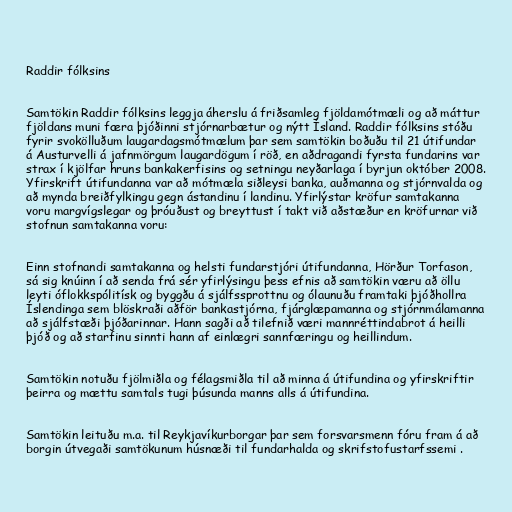
Raddir fólksins

Samtökin Raddir fólksins leggja áherslu á friðsamleg fjöldamótmæli og að máttur
fjöldans muni færa þjóðinni stjórnarbætur og nýtt Ísland. Raddir fólksins stóðu
fyrir svokölluðum laugardagsmótmælum þar sem samtökin boðuðu til 21 útifundar
á Austurvelli á jafnmörgum laugardögum í röð, en aðdragandi fyrsta fundarins var
strax í kjölfar hruns bankakerfisins og setningu neyðarlaga í byrjun október 2008.
Yfirskrift útifundanna var að mótmæla siðleysi banka, auðmanna og stjórnvalda og
að mynda breiðfylkingu gegn ástandinu í landinu. Yfirlýstar kröfur samtakanna
voru margvígslegar og þróuðust og breyttust í takt við aðstæður en kröfurnar við
stofnun samtakanna voru:

Einn stofnandi samtakanna og helsti fundarstjóri útifundanna, Hörður Torfason,
sá sig knúinn í að senda frá sér yfirlýsingu þess efnis að samtökin væru að öllu
leyti óflokkspólitísk og byggðu á sjálfssprottnu og ólaunuðu framtaki þjóðhollra
Íslendinga sem blöskraði aðför bankastjórna, fjárglæpamanna og stjórnmálamanna
að sjálfstæði þjóðarinnar. Hann sagði að tilefnið væri mannréttindabrot á heilli
þjóð og að starfinu sinnti hann af einlægri sannfæringu og heillindum.

Samtökin notuðu fjölmiðla og félagsmiðla til að minna á útifundina og yfirskriftir
þeirra og mættu samtals tugi þúsunda manns alls á útifundina.

Samtökin leituðu m.a. til Reykjavíkurborgar þar sem forsvarsmenn fóru fram á að
borgin útvegaði samtökunum húsnæði til fundarhalda og skrifstofustarfssemi .